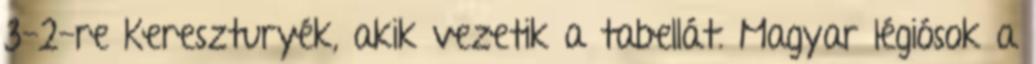
3-2-re Kereszturyék, akik vezetik a tabellát. Magyar légiósok a